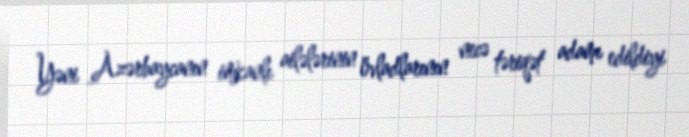
Yəni Azərbaycanın imkanlı ailələrinin övladlarının necə təriqət adamı edildiyi